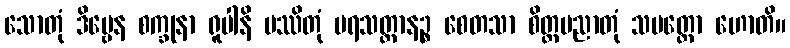
သောတုံ ဒိဗ္ဗေန စက္ခုနာ ရူပါနိ ပဿိတုံ ပရသတ္တာနဉ္စ စေတသာ စိတ္တမညာတုံ သမတ္ထော ဟောတိ။